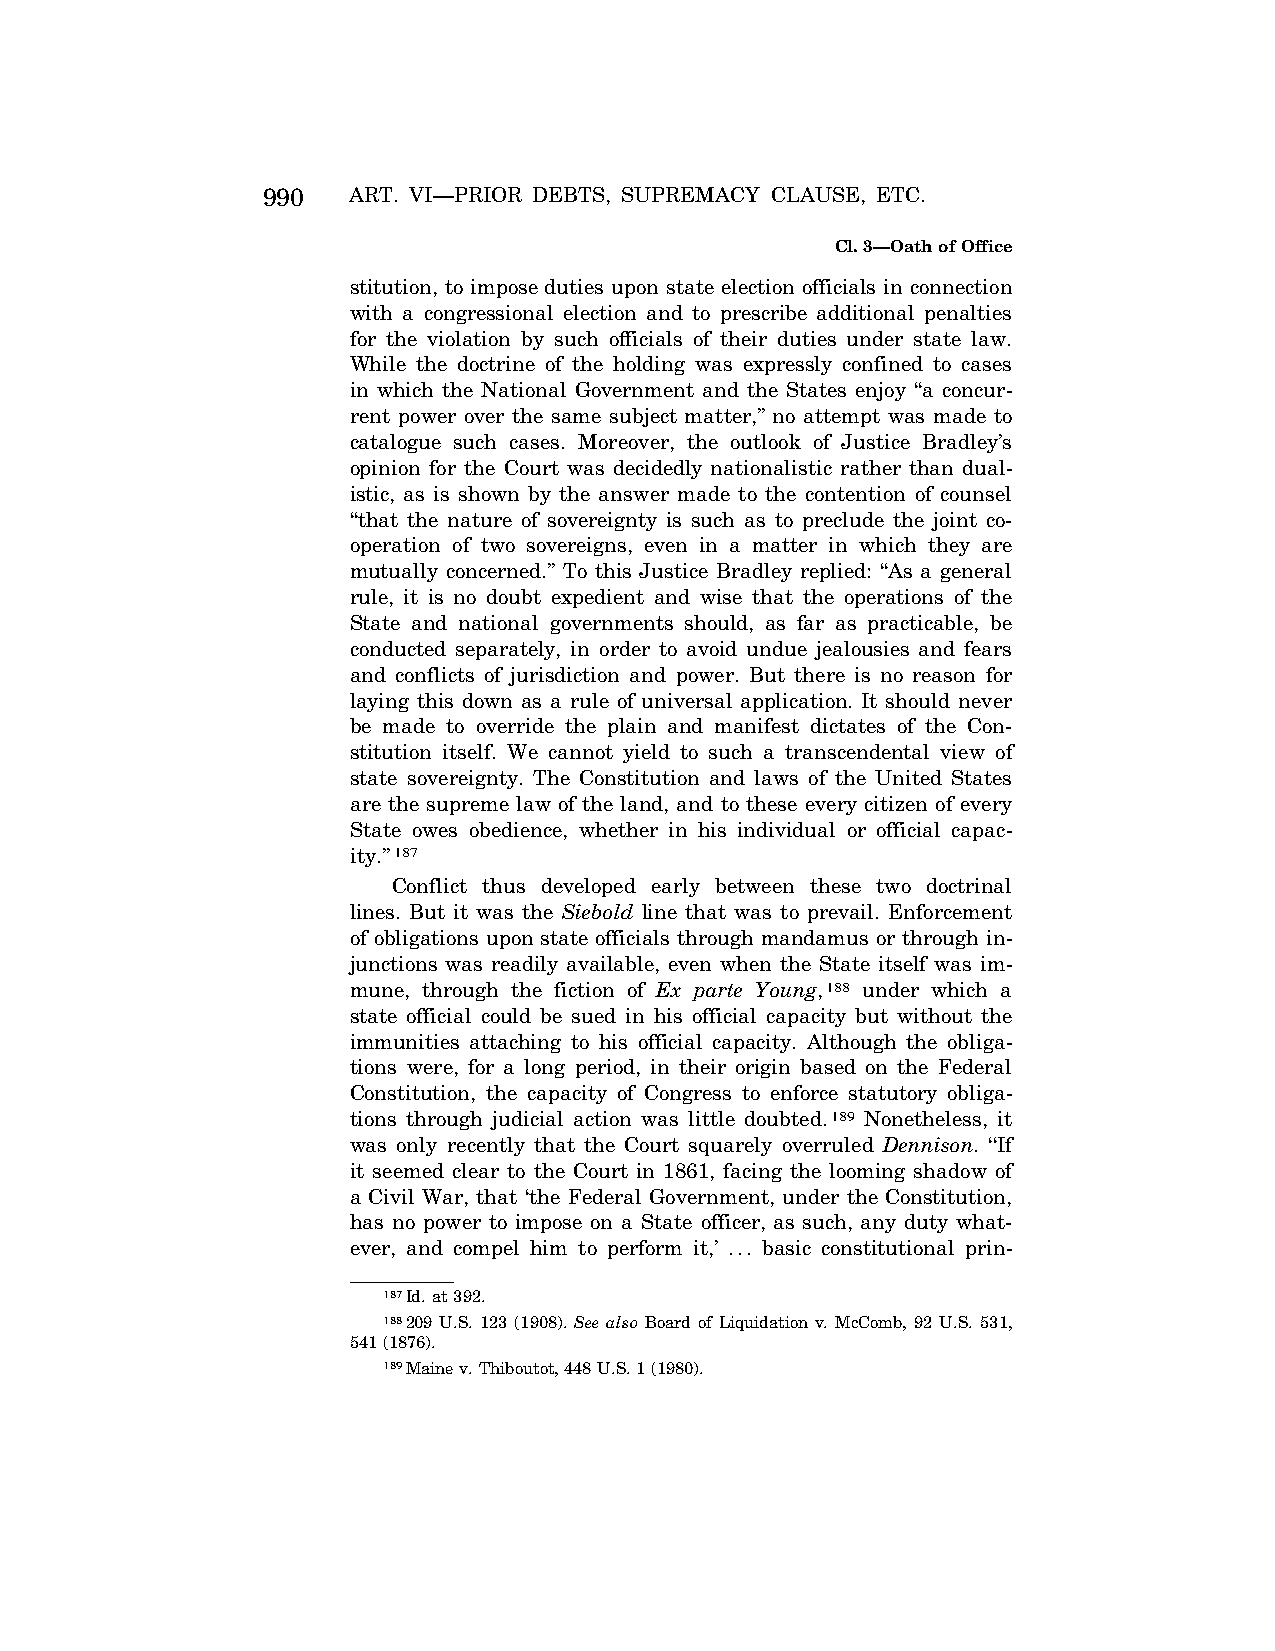
990   ART. VI—PRIOR DEBTS, SUPREMACY CLAUSE, ETC.
 Cl. 3—Oath of Office
 stitution, to impose duties upon state election officials in connection
 with a congressional election and to prescribe additional penalties
 for the violation by such officials of their duties under state law.
 While the doctrine of the holding was expressly confined to cases
 in which the National Government and the States enjoy ‘‘a concur-
 rent power over the same subject matter,’’ no attempt was made to
 catalogue such cases. Moreover, the outlook of Justice Bradley’s
 opinion for the Court was decidedly nationalistic rather than dual-
 istic, as is shown by the answer made to the contention of counsel
 ‘‘that the nature of sovereignty is such as to preclude the joint co-
 operation of two sovereigns, even in a matter in which they are
 mutually concerned.’’ To this Justice Bradley replied: ‘‘As a general
 rule, it is no doubt expedient and wise that the operations of the
 State and national governments should, as far as practicable, be
 conducted separately, in order to avoid undue jealousies and fears
 and conflicts of jurisdiction and power. But there is no reason for
 laying this down as a rule of universal application. It should never
 be made to override the plain and manifest dictates of the Con-
 stitution itself. We cannot yield to such a transcendental view of
 state sovereignty. The Constitution and laws of the United States
 are the supreme law of the land, and to these every citizen of every
 State owes obedience, whether in his individual or official capac-
 ity.’’187
 Conflict thus developed early between these two doctrinal
 lines. But it was the Siebold line that was to prevail. Enforcement
 of obligations upon state officials through mandamus or through in-
 junctions was readily available, even when the State itself was im-
 mune, through the fiction of Ex parte Young,188 under which a
 state official could be sued in his official capacity but without the
 immunities attaching to his official capacity. Although the obliga-
 tions were, for a long period, in their origin based on the Federal
 Constitution, the capacity of Congress to enforce statutory obliga-
 tions through judicial action was little doubted.189 Nonetheless, it
 was only recently that the Court squarely overruled Dennison. ‘‘If
 it seemed clear to the Court in 1861, facing the looming shadow of
 a Civil War, that ‘the Federal Government, under the Constitution,
 has no power to impose on a State officer, as such, any duty what-
 ever, and compel him to perform it,’ ... basic constitutional prin-
 187Id. at 392.
 188209 U.S. 123 (1908). See also Board of Liquidation v. McComb, 92 U.S. 531,
 541 (1876).
 189Maine v. Thiboutot, 448 U.S. 1 (1980).
 VerDate Apr<14>2004 11:28 Apr 15, 2004 Jkt 077500 PO 00000 Frm 00032 Fmt 8222 Sfmt 8222 C:\CONAN\CON019.SGM PRFM99 PsN: CON019